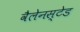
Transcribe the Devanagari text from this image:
वैलेनस्टेड